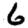
Digit: 6